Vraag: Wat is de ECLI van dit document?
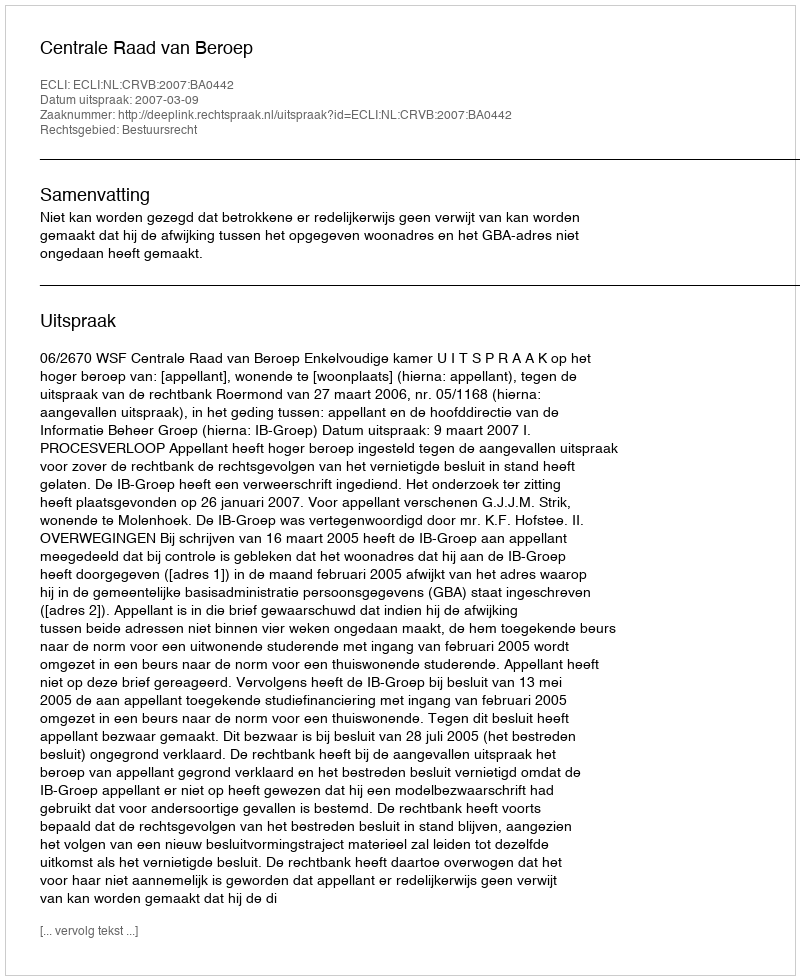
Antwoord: ECLI:NL:CRVB:2007:BA0442